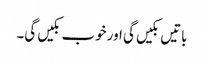
باتیں بکیں گی اور خوب بکیں گی۔